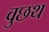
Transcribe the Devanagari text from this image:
वुछथ